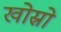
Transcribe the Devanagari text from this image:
खोस्रो